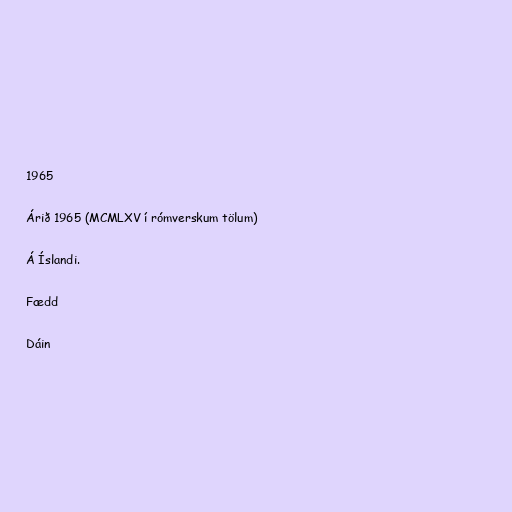
1965

Árið 1965 (MCMLXV í rómverskum tölum)

Á Íslandi.

Fædd

Dáin